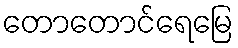
တောတောင်ရေမြေ